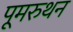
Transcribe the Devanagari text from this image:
पूमरुथन